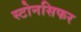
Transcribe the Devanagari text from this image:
स्टोनसिफर